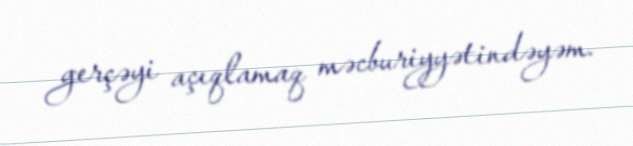
gerçəyi açıqlamaq məcburiyyətindəyəm.